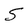
Character: S